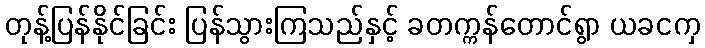
တုန့်ပြန်နိုင်ခြင်း ပြန်သွားကြသည်နှင့် ခတက္ကန်တောင်ရွာ ယခငကှ